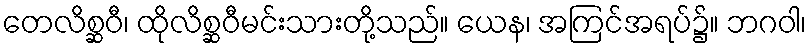
တေလိစ္ဆဝီ၊ ထိုလိစ္ဆဝီမင်းသားတို့သည်။ ယေန၊ အကြင်အရပ်၌။ ဘဂဝါ၊